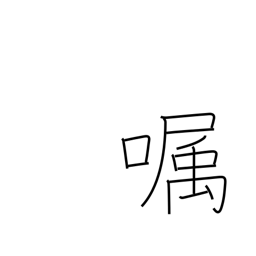
Meaning: send a message